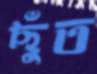
ছুঁত